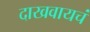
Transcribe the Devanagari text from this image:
दाखवायचं